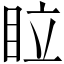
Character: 𥅈